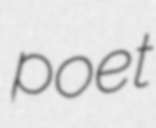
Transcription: poet